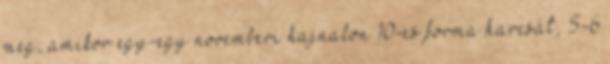
meg, amikor egy-egy novemberi hajnalon 10-es forma harcsát, 5-6